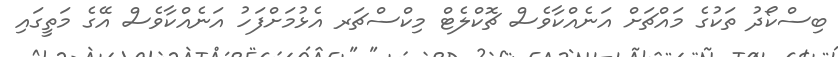
ބިސްކޯދު ތަކުގެ މައްޗަށް އަނެއްކާވެސް ޗޮކްލެޓް މިކްސްޗަރ އެޅުމަށްފަހު އަނެއްކާވެސް އޭގެ މަތީގައި